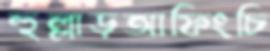
হুল্লাড়আফিংচি